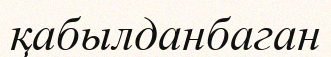
қабылданбаган